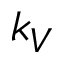
k _ { V }